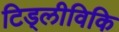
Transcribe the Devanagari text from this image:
टिड्लीविकि